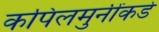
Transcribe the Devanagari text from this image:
कपिलमुनींकडे